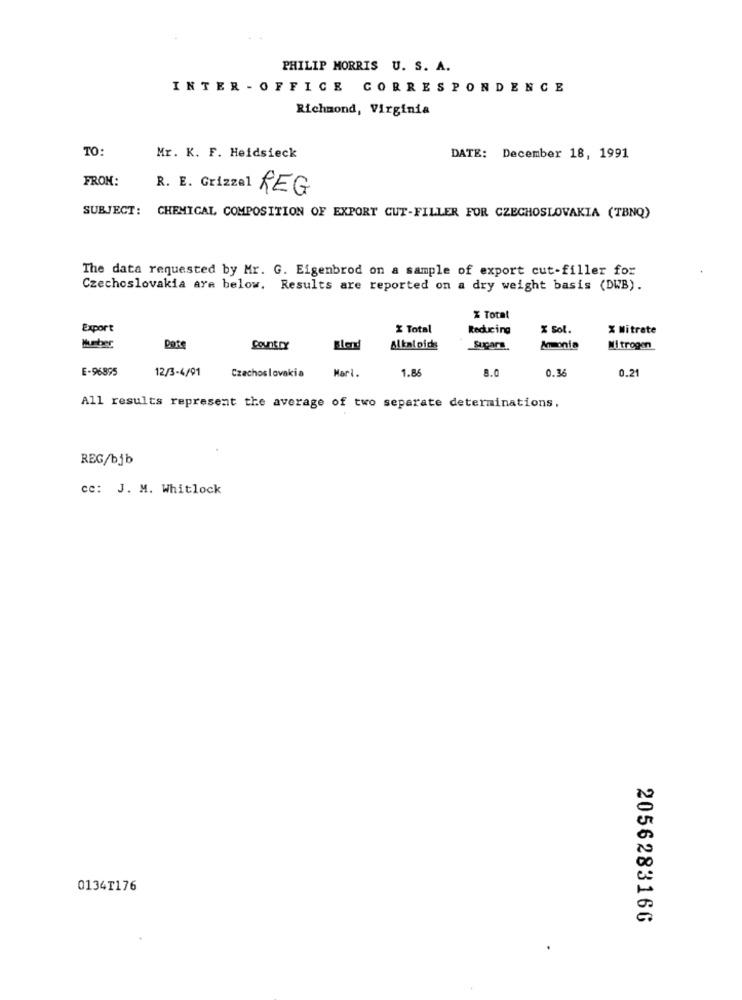
PHILIP MORRIS U. S. A.
INTER - OFFICE CORRESPONDENCE
Richmond, Virginia
TO:
Mr. K. F. Heidsieck
DATE: December 18, 1991
FROM:
R. E. Grizzal REG
SUBJECT:
CHEMICAL COMPOSITION OF EXPORT CUT-FILLER FOR CZECHOSLOVAKIA (TBNQ)
The data requested by Mr. G. Eigenbrod on a sample of export cut-filler for
Czechoslovakia are below. Results are reported on a dry weight basis (DWB).
% Total
Export
Total
Reducing
X Sol.
X Mitrate
Huber
CountrY
Blend
Alkal oids
Sugars.
MI trogen
E-96895
12/3-4/91
Czechoslovakia
Mari.
1.86
0.3
0.21
8.
All results represent the average of two separate determinations.
REG/bjb
cc: J. M. Whitlock
0134T176
2056283166